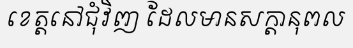
ខេត្តនៅជុំវិញ ដែលមានសក្តានុពល